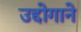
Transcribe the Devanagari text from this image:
उद्दोगाने